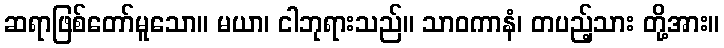
ဆရာဖြစ်တော်မူသော။ မယာ၊ ငါဘုရားသည်။ သာဝကာနံ၊ တပည့်သား တို့အား။